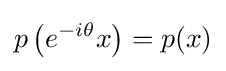
p\left(e^{-i\theta }x\right)=p(x)